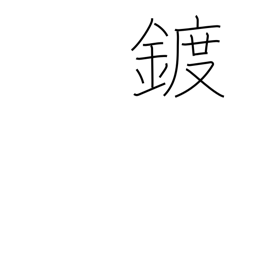
Meaning: plating